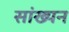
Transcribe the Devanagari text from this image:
सांख्यन